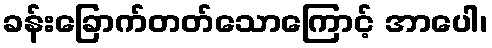
ခန်းခြောက်တတ်သောကြောင့် အာပေါ၊